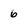
Character: 6